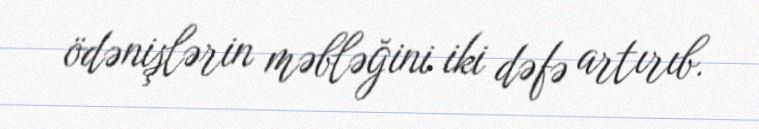
ödənişlərin məbləğini iki dəfə artırıb.